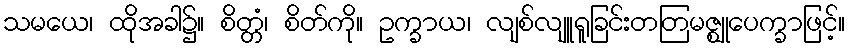
သမယေ၊ ထိုအခါ၌။ စိတ္တံ၊ စိတ်ကို။ ဥက္ခာယ၊ လျစ်လျူရူခြင်းတတြမဇ္ဈုပေက္ခာဖြင့်။